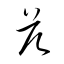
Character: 茲